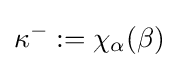
\kappa ^{-}:=\chi _{\alpha }(\beta )